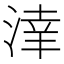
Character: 𣸉